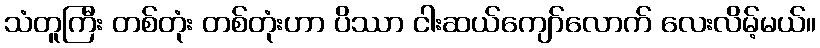
သံတူကြီး တစ်တုံး တစ်တုံးဟာ ပိဿာ ငါးဆယ်ကျော်လောက် လေးလိမ့်မယ်။